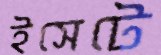
ইসেটে